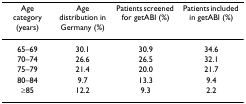
| Age category (years) | Age distribution in Germany (%) | Patients screened for getABI (%) | Patients included in getABI (%) |
 | --- | --- | --- | --- |
 | 65–69 | 30.1 | 30.9 | 34.6 |
 | 70–74 | 26.6 | 26.5 | 32.1 |
 | 75–79 | 21.4 | 20.0 | 21.7 |
 | 80–84 | 9.7 | 13.3 | 9.4 |
 | ≥85 | 12.2 | 9.3 | 2.2 |